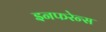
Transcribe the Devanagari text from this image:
इनफरेन्स